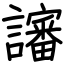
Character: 讅